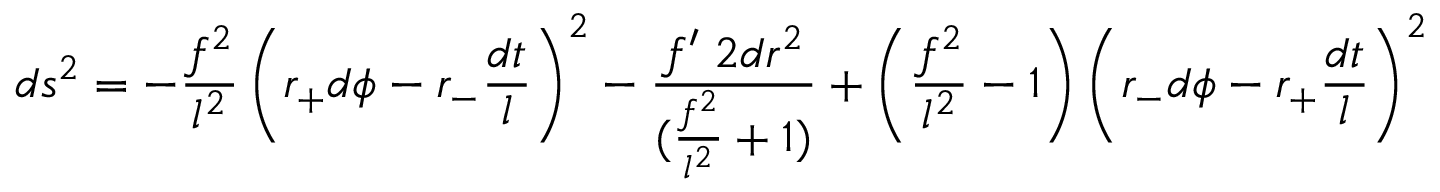
d s ^ { 2 } = - \frac { f ^ { 2 } } { l ^ { 2 } } \left( r _ { + } d \phi - r _ { - } \frac { d t } { l } \right) ^ { 2 } - \frac { f { ' \; 2 } d r ^ { 2 } } { ( \frac { f ^ { 2 } } { l ^ { 2 } } + 1 ) } + \left( \frac { f ^ { 2 } } { l ^ { 2 } } - 1 \right) \left( r _ { - } d \phi - r _ { + } \frac { d t } { l } \right) ^ { 2 }